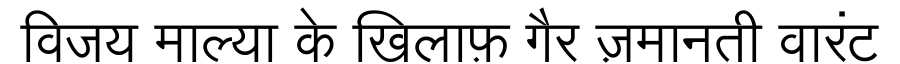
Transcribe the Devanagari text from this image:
विजय माल्या के खिलाफ़ गैर ज़मानती वारंट